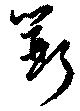
斲